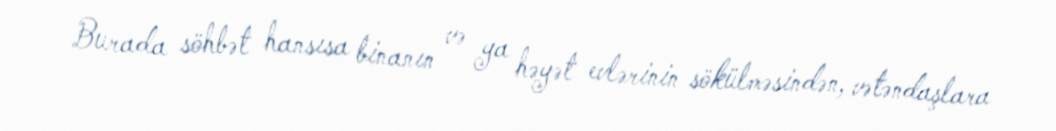
Burada söhbət hansısa binanın və ya həyət evlərinin sökülməsindən, vətəndaşlara